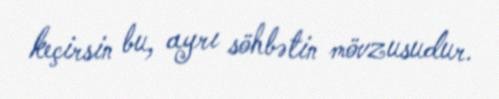
keçirsin bu, ayrı söhbətin mövzusudur.